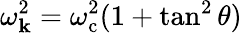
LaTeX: \omega_{\mathbf{k}}^{2}=\omega_{\mathrm{c}}^{2}(1+\tan^{2}\theta)